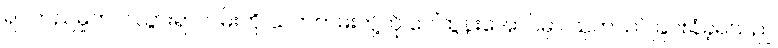
ရပ်တည်မှုက ငါသွားရာလမ်းကို သက်တမ်းတို့ကို ပေါ်ထွန်းအောင်မှာ သုတ်သင်ခြင်းခံခဲ့ရသည်